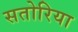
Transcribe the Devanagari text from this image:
सतोरिया